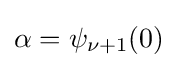
\alpha =\psi _{\nu +1}(0)